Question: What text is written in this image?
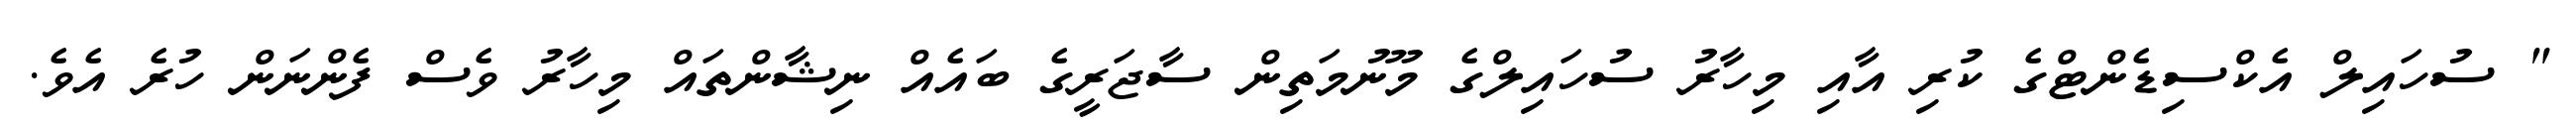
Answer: " ސުހައިލް އެކްސިޑެންޓްގެ ކުރި އާއި މިހާރު ސުހައިލްގެ މޫނުމަތިން ސާޖަރީގެ ބައެއް ނިޝާންތައް މިހާރު ވެސް ފެންނަން ހުރެ އެވެ.